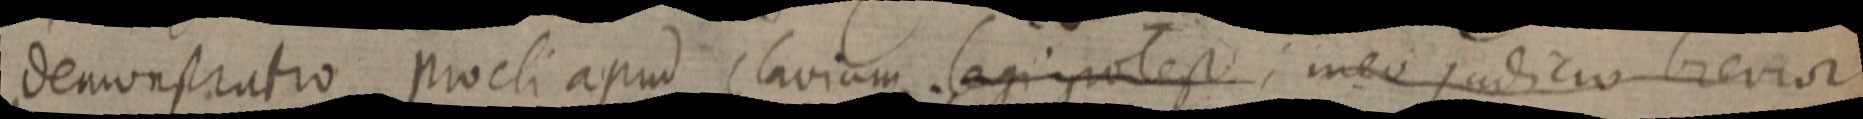
demonstratio procli apud Clavium. legi potest; meo judicio brevior